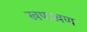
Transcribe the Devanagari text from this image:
खणखण